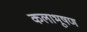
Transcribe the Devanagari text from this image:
कलाभूषण